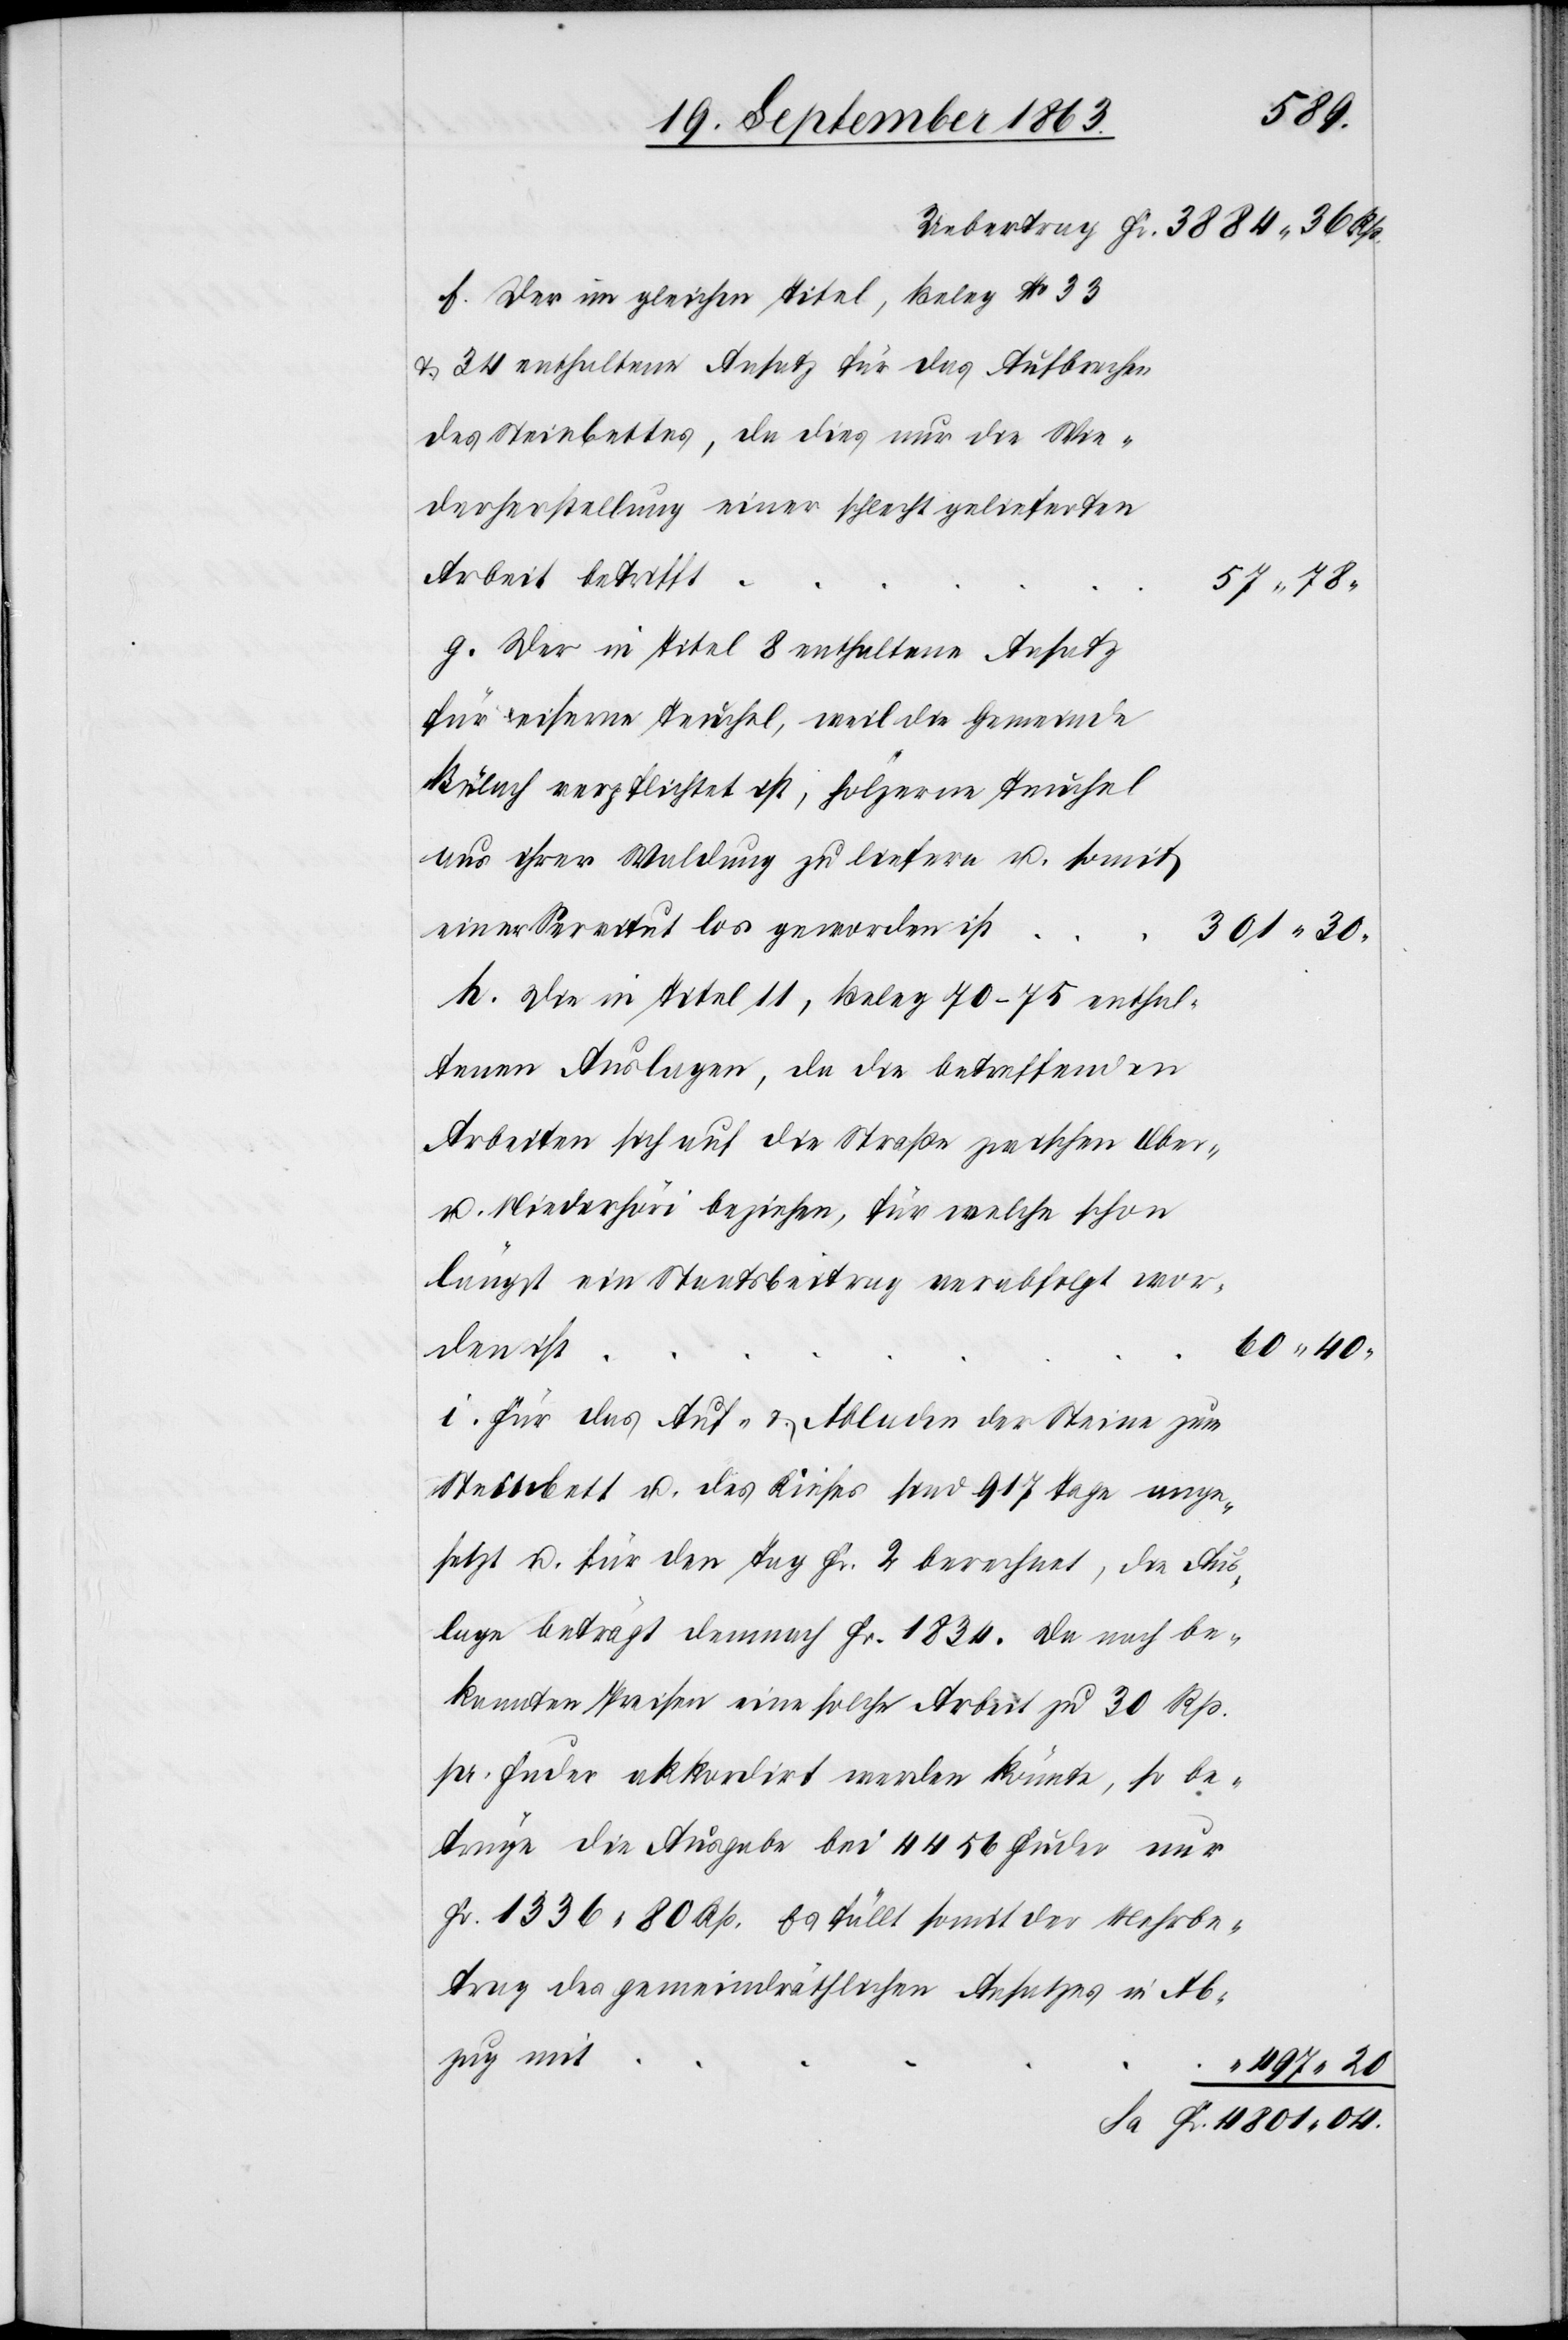
04.
f. Der im gleichen Titel, Beleg No 33
& 34 enthaltene Ansatz für das Aufbrechen
des Steinbettes, da dies nur die Wie¬
derherstellung einer schlecht gelieferten
Arbeit betrifft
57. 78.
g. Der in Titel 8 enthaltene Ansatz
für eiserne Teuchel, weil die Gemeinde
Bülach verpflichtet ist, hölzerne Teuchel
aus ihrer Waldung zu liefern u. somit
einer Servitut los geworden ist
301. 30.
h. Die in Titel 11, Beleg 70–75 enthal¬
tenen Auslagen, da die betreffenden
Arbeiten sich auf die Straße zwischen Ober-
u. Niederhöri beziehen, für welche schon
längst ein Staatsbeitrag verabfolgt wor¬
60. 40.
den ist
i. Für das Auf- & Abladen der Steine zum
Steinbett u. des Kieses sind 917 Tage ange¬
setzt u. für den Tag Fr. 2 berechnet, die Aus¬
lage beträgt demnach Fr. 1834. Da nach be¬
kannten Preisen eine solche Arbeit zu 30 Rp.
pr. Fuder akkordirt werden könnte, so be¬
trüge die Ausgabe bei 4456 Fuder nur
Fr. 1336. 80 Rp. Es fällt somit der Mehrbe¬
trag des gemeindräthlichen Ansatzes in Ab¬
zug mit
Sa
497. 20